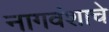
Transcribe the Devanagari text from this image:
नागवंशाचे